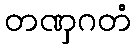
တဏှဂတံ